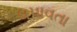
ધપાવતા